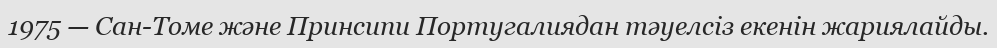
1975 — Сан-Томе және Принсипи Португалиядан тәуелсіз екенін жариялайды.